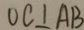
O C \bot A B